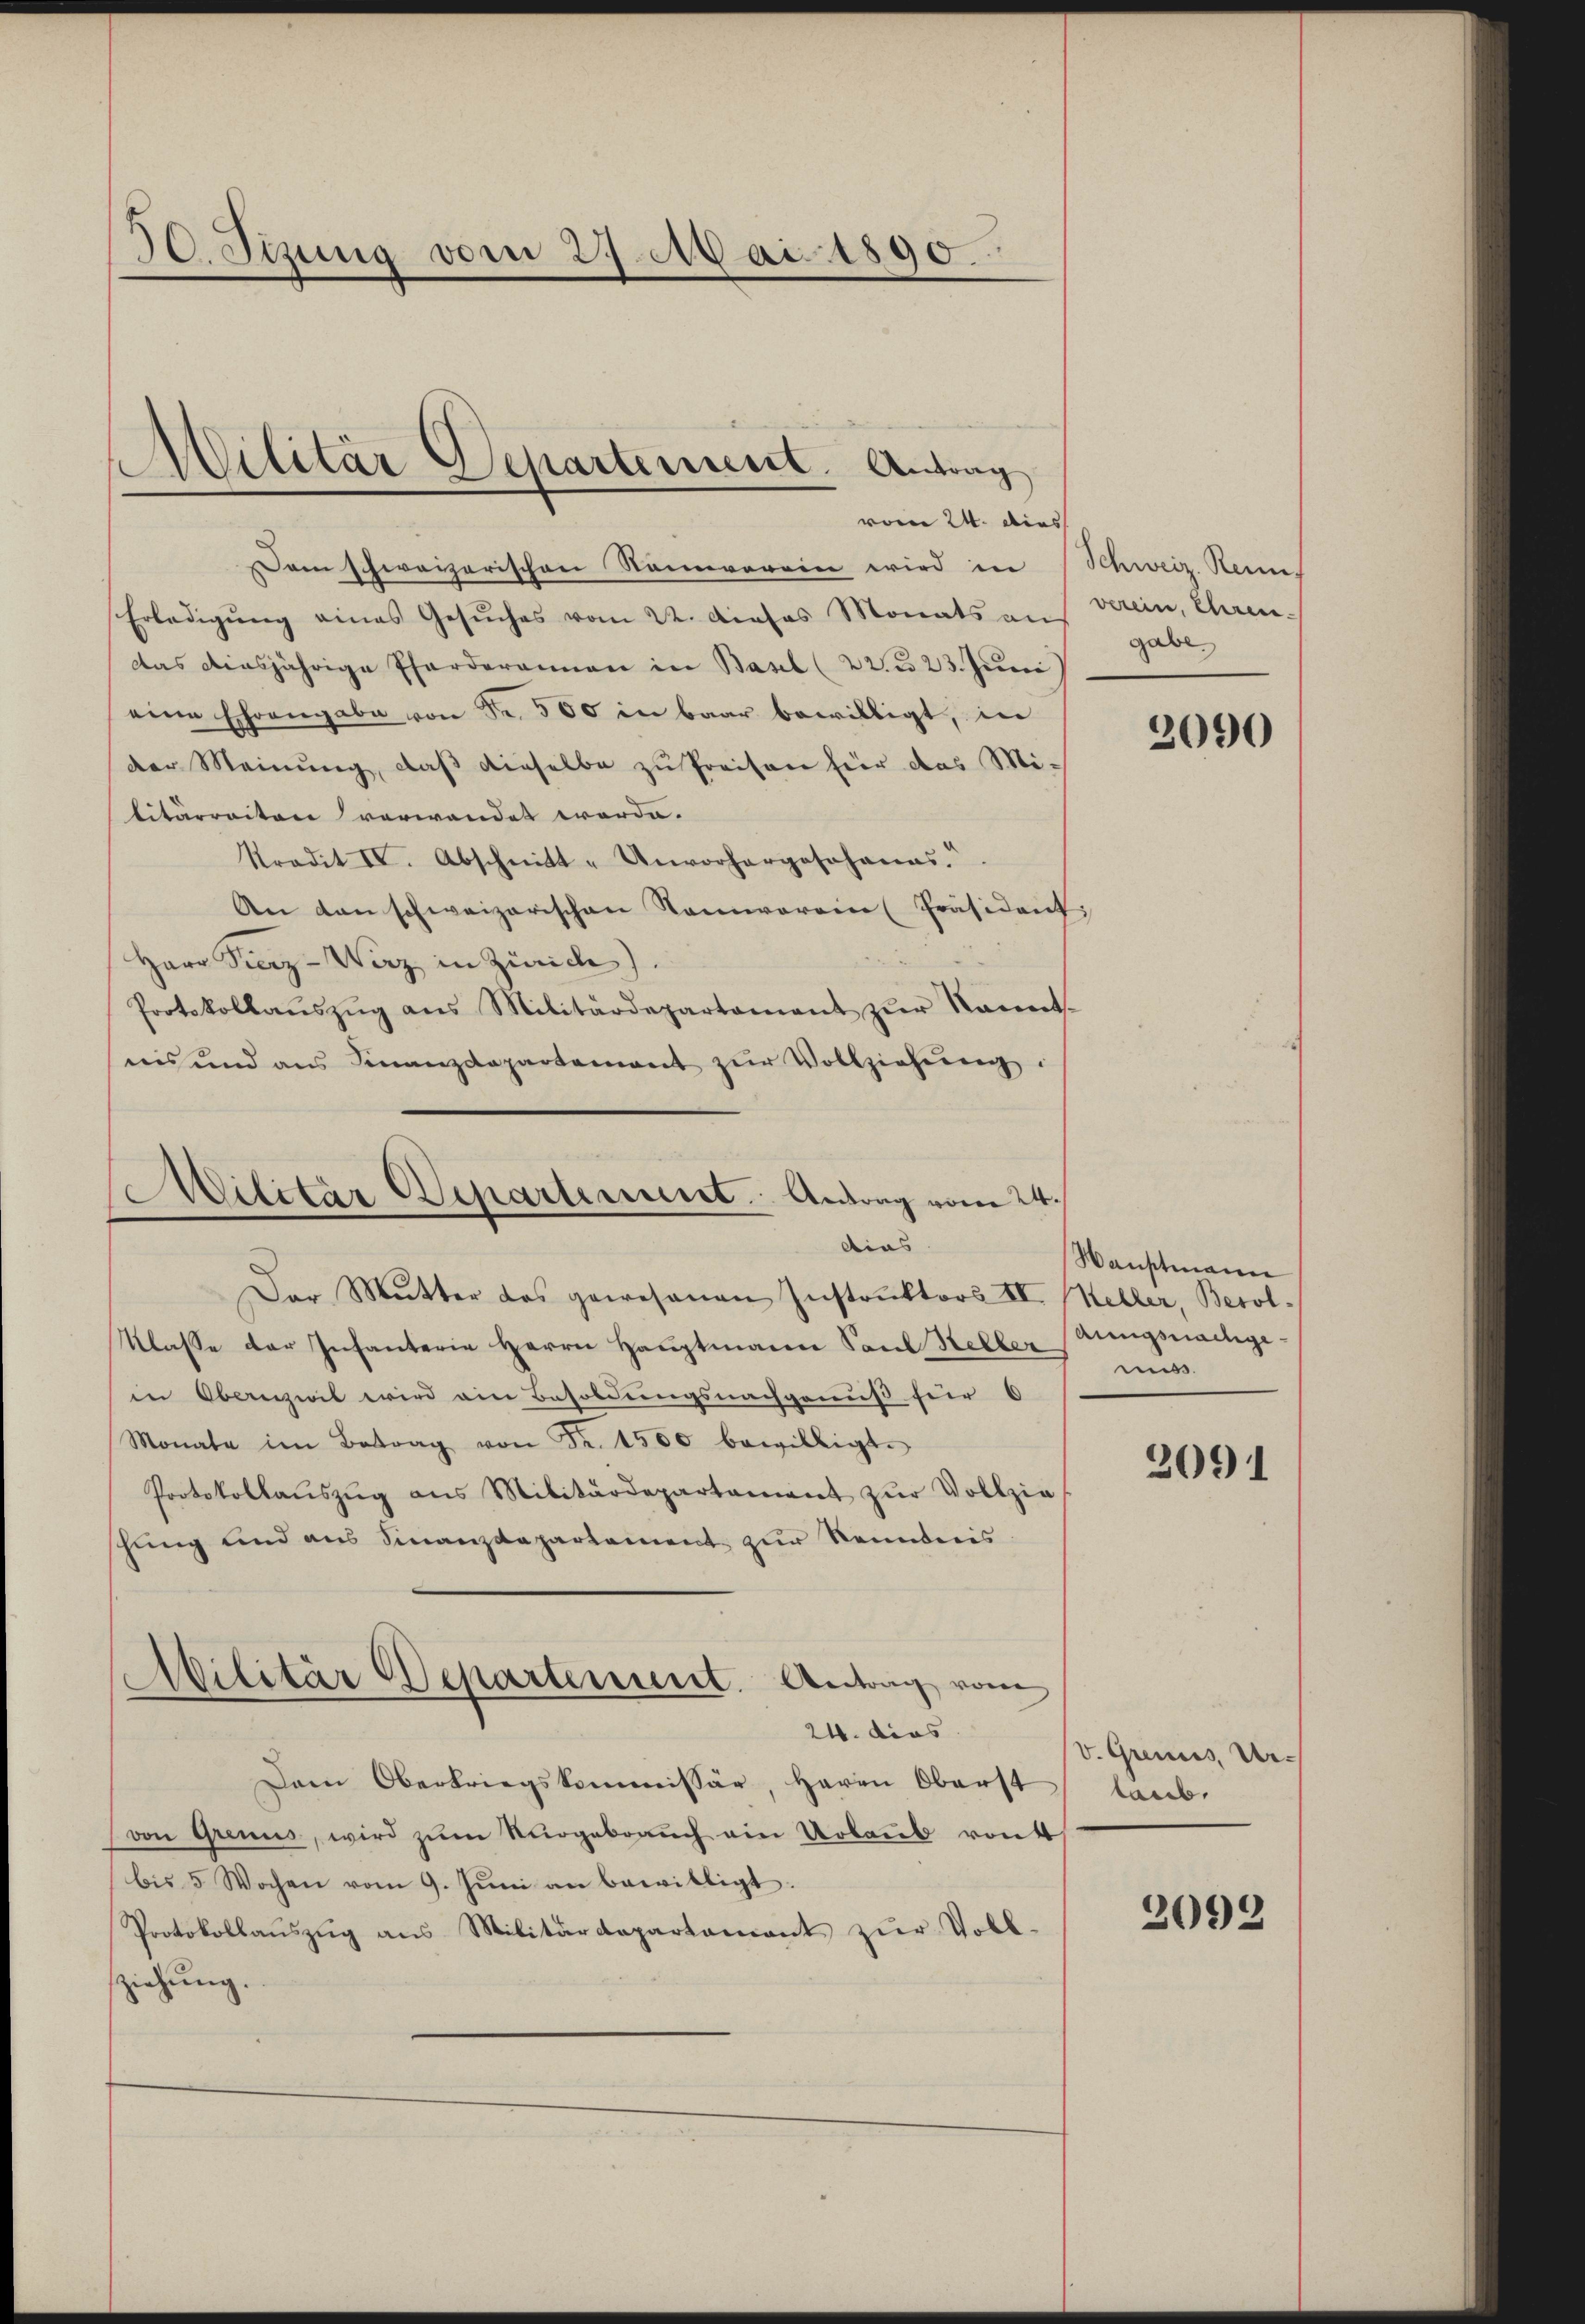
30. Sizung vom 27. Mai 1890.

Militär Departement. Antrag
vom 24. dies

Dam schweizerischen Nanvorein wird in
Erledigŭng eines Gesŭches vom 22. Dieses Monats an
das diesjährige Pforderannen in Basel (22 n 23. Juni
eine Ehrengabe von Fr. 500 in baar bewilligt, in
der Meinŭng, daβ dieselbe zŭ Preisen hier das Militärraiten verwandet worde.
Kredit IV. Abschnitt "Unvorhergosohanas.".
An den schweizerischen Kammereine Präsident
Herr Fierz-Wirz in Zürich).
Protokollaŭszŭg ans Militärdepartament zŭr kannt.
nis und ans Finanzdepartement zŭr Vollziehŭng:
Der Mutter das gewesenen Instruktors II. Keller, Berol¬
Klasse der Infanterie Herrn Hauptmann Paul Hellerungsnachgein Obernzivil wird ein Besoldungsnachgenuß für 6
Monate im Betrag von Fr. 1500 bewilligt.
Protokollaŭszŭg ans Militärdepartament zŭr Vollzie
chung und aus Finanzdepartement zur Kenntnis.
Militär Departement. Antrag vom
24. dies
Dem Oberkriegskommissär, Herrn Oberst
von Grenus, wird zŭm Nŭrgebrauch ein Urlaub von
bis 5 Wochen vom 9. Jŭni an bewilligt.
Protokollaŭszŭg ans Militärdepartamant zŭr Vollziehŭng.
e

Militär Departement. Antrag vom 24.
dies

Schweiz. Renn
verein, Eheren
gabe

2090

Hauptmann
.
2091

v. Grenus, Urtaub,

2093